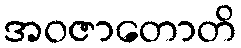
အဝဇာတောတိ